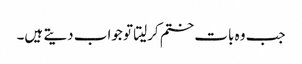
جب وہ بات ختم کرلیتا تو جواب دیتے ہیں۔